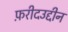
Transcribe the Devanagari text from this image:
फ़रीदउद्दीन